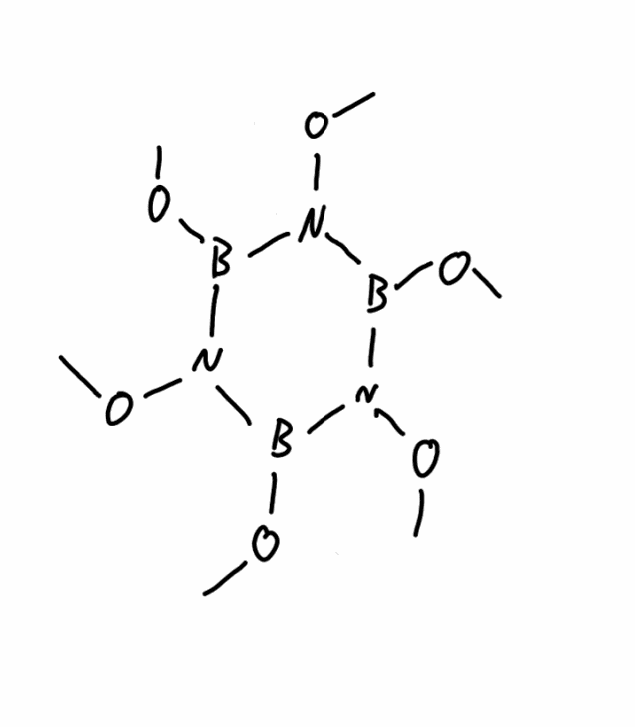
Simplified molecular-input line-entry system (SMILES) notation of the given molecule:
B1(N(B(N(B(N1OC)OC)OC)OC)OC)OC